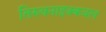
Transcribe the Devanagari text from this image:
तिरुवनाइक्कवल